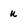
Character: u